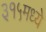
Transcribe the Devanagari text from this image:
३१५मध्ये